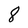
Character: 8